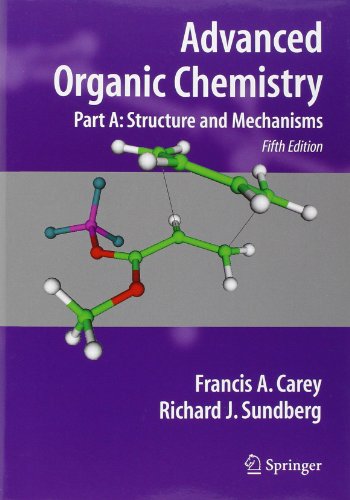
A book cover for Advanced Organic Chemistry, Part A: Structure and Mechanisms; Francis A. Carey; Science & Math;